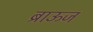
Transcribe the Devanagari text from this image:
ब्राऊज